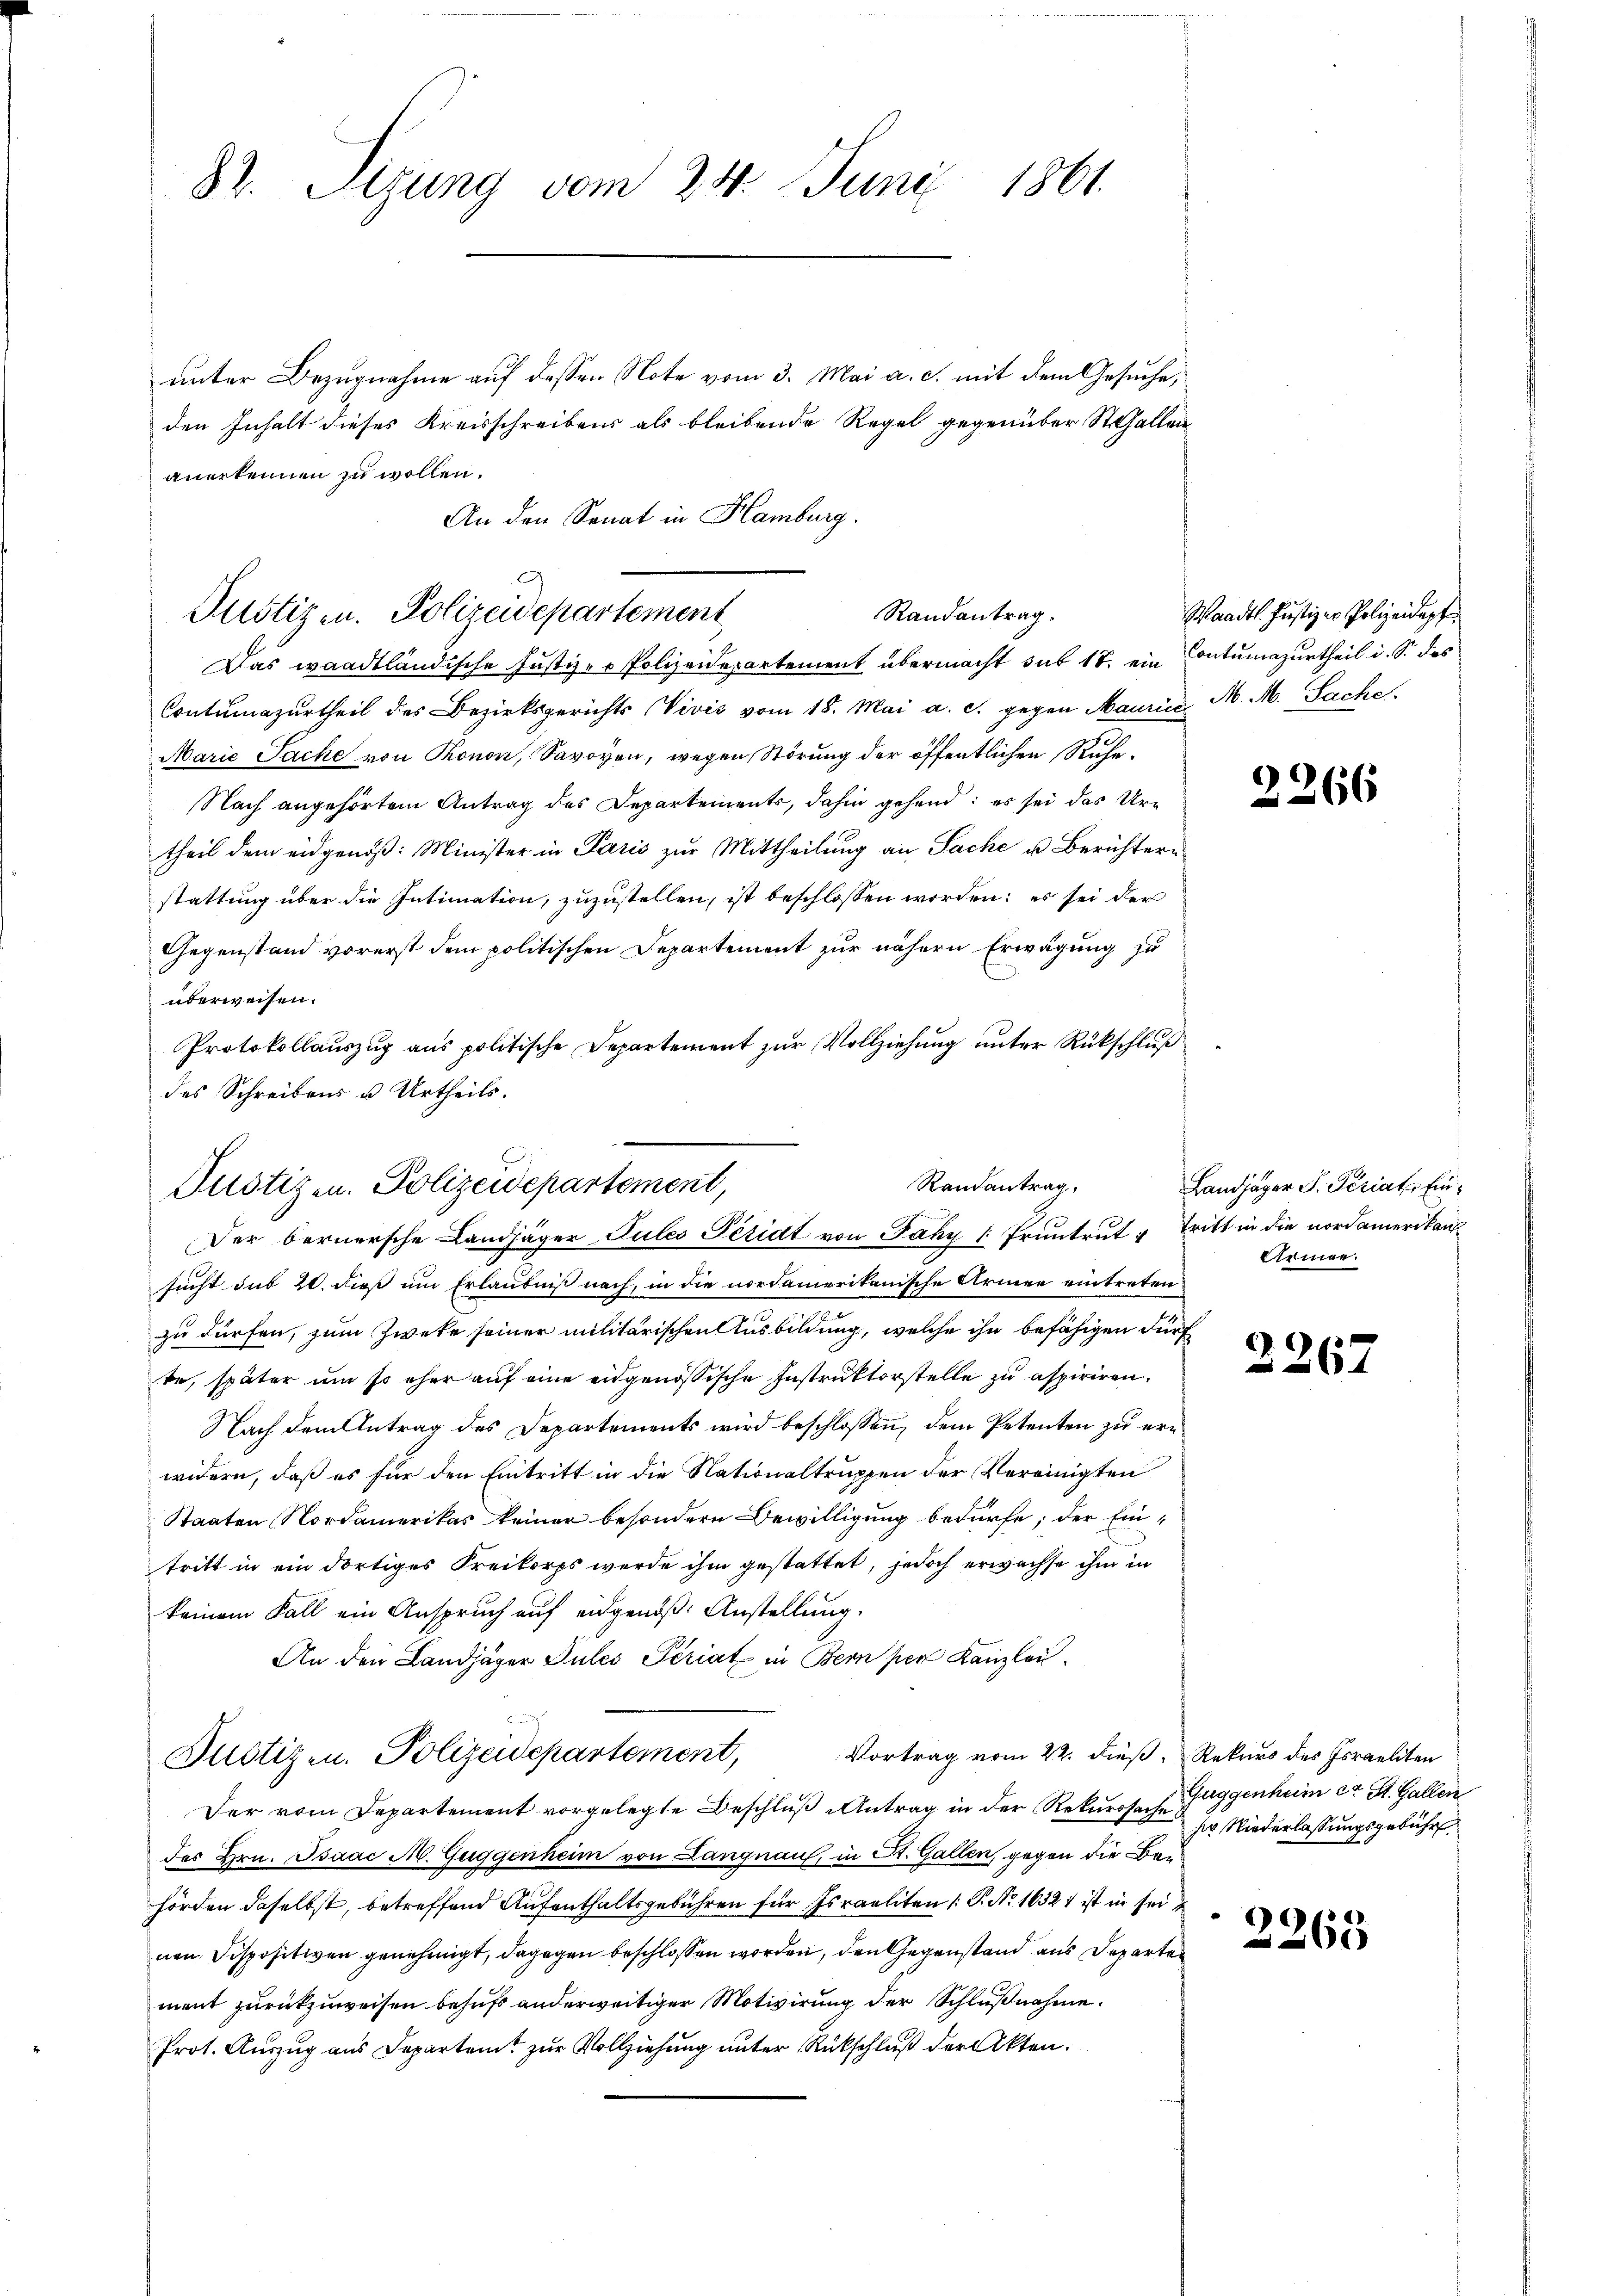
unter Bezugnahme auf dessen Note vom 3. Mai a. c. mit dem Gesuche,
den Inhalt dieses Kreisschreibens als bleibende Regel gegenüber St. Gallen
anerkennen zu wollen.
An den Senat in Hamburg.

87. Sizung vom 24. Juni 1861.

Randantrag.
Pustizen. Polizeidepartement
Das waadtländische Justiz- & Polizeidepartement übermacht sub 18. ein Contumazurtheil i. S. das

Contumazurtheil des Bezirksgerichts Vivis vom 18. Mai a. c. gegen Maurici M. M. Sache
Marie Sache von Thonon, Savoyen, wegen Störung der öffentlichen Ruhe¬
Nach angehörtem Antrag des Departements, dahin gehend; es sei das Urtheil dem eidgenöß: Minister in Paris zur Mittheilung an Sache u. Berichtern
stattung über die Intimation, zuzustellen, ist beschlossen worden; es sei der
Gegenstand vorerst dem politischen Departement zur nähern Erwägung zu
überweisen.
Protokollauszug aus politische Departement zur Vollziehung unter Rückschluß
des Schreibens u Urtheils.

Randantrag.
Justizen. Polizeidepartement,
Der bernersche Landjäger Sules Peridt von Faky [ Pruntrut - Tritt in die nordamerikan¬

sucht sub 20. dieß um Erlaubniß nach, in die nordamerikanische Armee eintreten.
zu dürfen, zum Zweke seiner militärischen Ausbildung, welche ihn befähigen dür
re, später um so eher auf eine eidgenössische Instruktorstelle zu aspiriren.
Nach dem Antrag des Departements wird beschlossen, dem Petenten zu erwidern, daß es für den Eintritt in die Nationaltruppen der Vereinigten
Staaten Nordamerikas keiner besondern Bewilligung bedürfe; der Eintritt in ein dortiges Freikorps werde ihm gestattet, jedoch erwachse ihm in
keinem Fall ein Anspruch auf eidgenöß: Anstellung.
An den Landjäger Sules Scriat in Bern per Kanzlei
Vortrag vom 22. dieß, Rekurs des Israeliten
Justizen. Polizeidepartement,
Der vom Departement vorgelegte Beschluß Antrag in der Rekurssah. Guggenheim et St. Gallen
des Hrn. Isaac M. Guggenheim von Langnau, in St. Gallen, gegen die Bauhörden daselbst, betreffend Aufenthaltsgebühren für Israeliten /: P. Nr. 16321 ist in sei
nen Dispositiven genehmigt, dagegen beschlossen worden, den Gegenstand aus Departen
ment zurückzuweisen behufs anderweitiger Motivirung der Schlußnahme.
Prot. Auszug aus Departent zur Vollziehung unter Rückschluß der Akten.

Waadt. Justiz er Polizeidapf

2266

Landjäger S. Periat, Ein¬
Armen.

.

267

ser Niederlassungsgebühr

2263